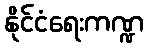
နိုင်ငံရေးကဏ္ဍ